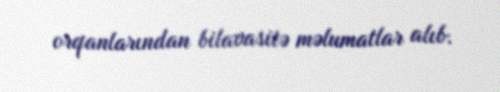
orqanlarından bilavasitə məlumatlar alıb.